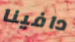
دافينا